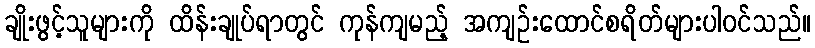
ချိုးဖွင့်သူများကို ထိန်းချုပ်ရာတွင် ကုန်ကျမည့် အကျဉ်းထောင်စရိတ်များပါဝင်သည်။